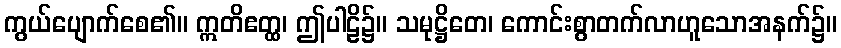
ကွယ်ပျောက်စေ၏။ ဣတိဧတ္ထ၊ ဤပါဠိ၌။ သမုဋ္ဌိတေ၊ ကောင်းစွာတက်လာဟူသောအနက်၌။